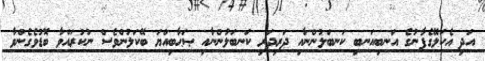
އަދި އެކަލޭގެފާނުގެ އަނބިއަނބި ކަނބަލުންނާއި ދަރިދަރި ކަނބަލުންނާއި ޞަޙާބިއްޔަ ބޭކަލުންވެސް ނުކުރައްވާ ބޮޑުވެގެންވާ